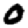
Digit: 0